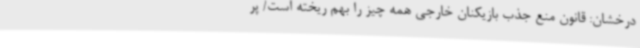
درخشان: قانون منع جذب بازیکنان خارجی همه چیز را بهم ریخته است/ پر